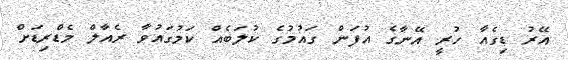
އޭރު ޑިގެއާ ހުރީ އޭނާގެ އުފަން ގައުމުގެ ކުލަބެއް ކަމުގައުވާ ރެއާލް މެޑްރިޑަށް